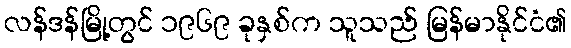
လန်ဒန်မြို့တွင် ၁၉၆၉ ခုနှစ်က သူသည် မြန်မာနိုင်ငံ၏